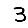
Digit: 3